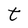
Character: t